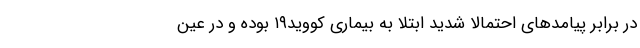
در برابر پیامدهای احتمالا شدید ابتلا به بیماری کووید۱۹ بوده و در عین